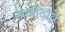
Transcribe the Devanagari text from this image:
अर्जीदावे